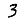
Digit: 3